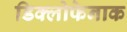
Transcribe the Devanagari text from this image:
डिक्लोफेनाक